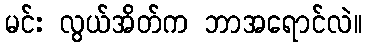
မင်း လွယ်အိတ်က ဘာအရောင်လဲ။